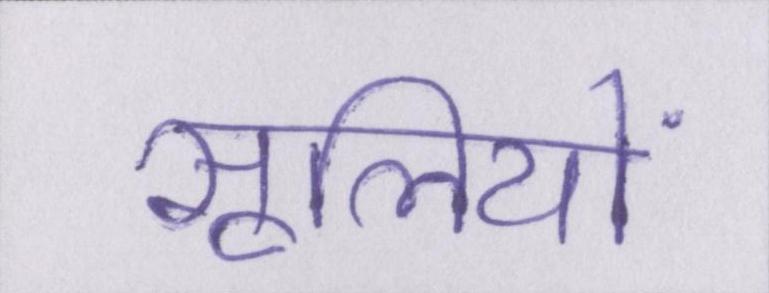
सूलियों